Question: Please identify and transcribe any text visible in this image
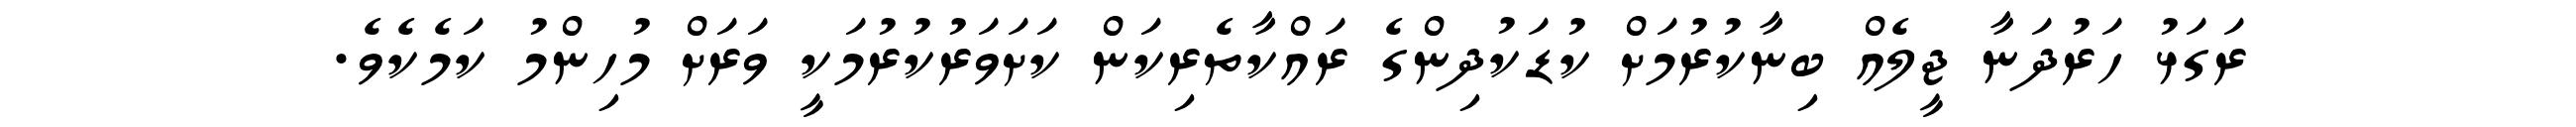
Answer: ރަގަޅު ހަރުދަނާ ޖީލެއް ބިނާކުރުމަށް ކުޑަކުދިންގެ ރައްކާތެރިކަން ކަށަވަރުކުރުމަކީ ވަރަށް މުހިންމު ކަމެކެވެ.